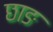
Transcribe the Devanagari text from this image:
छाङ